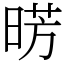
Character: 𣇷